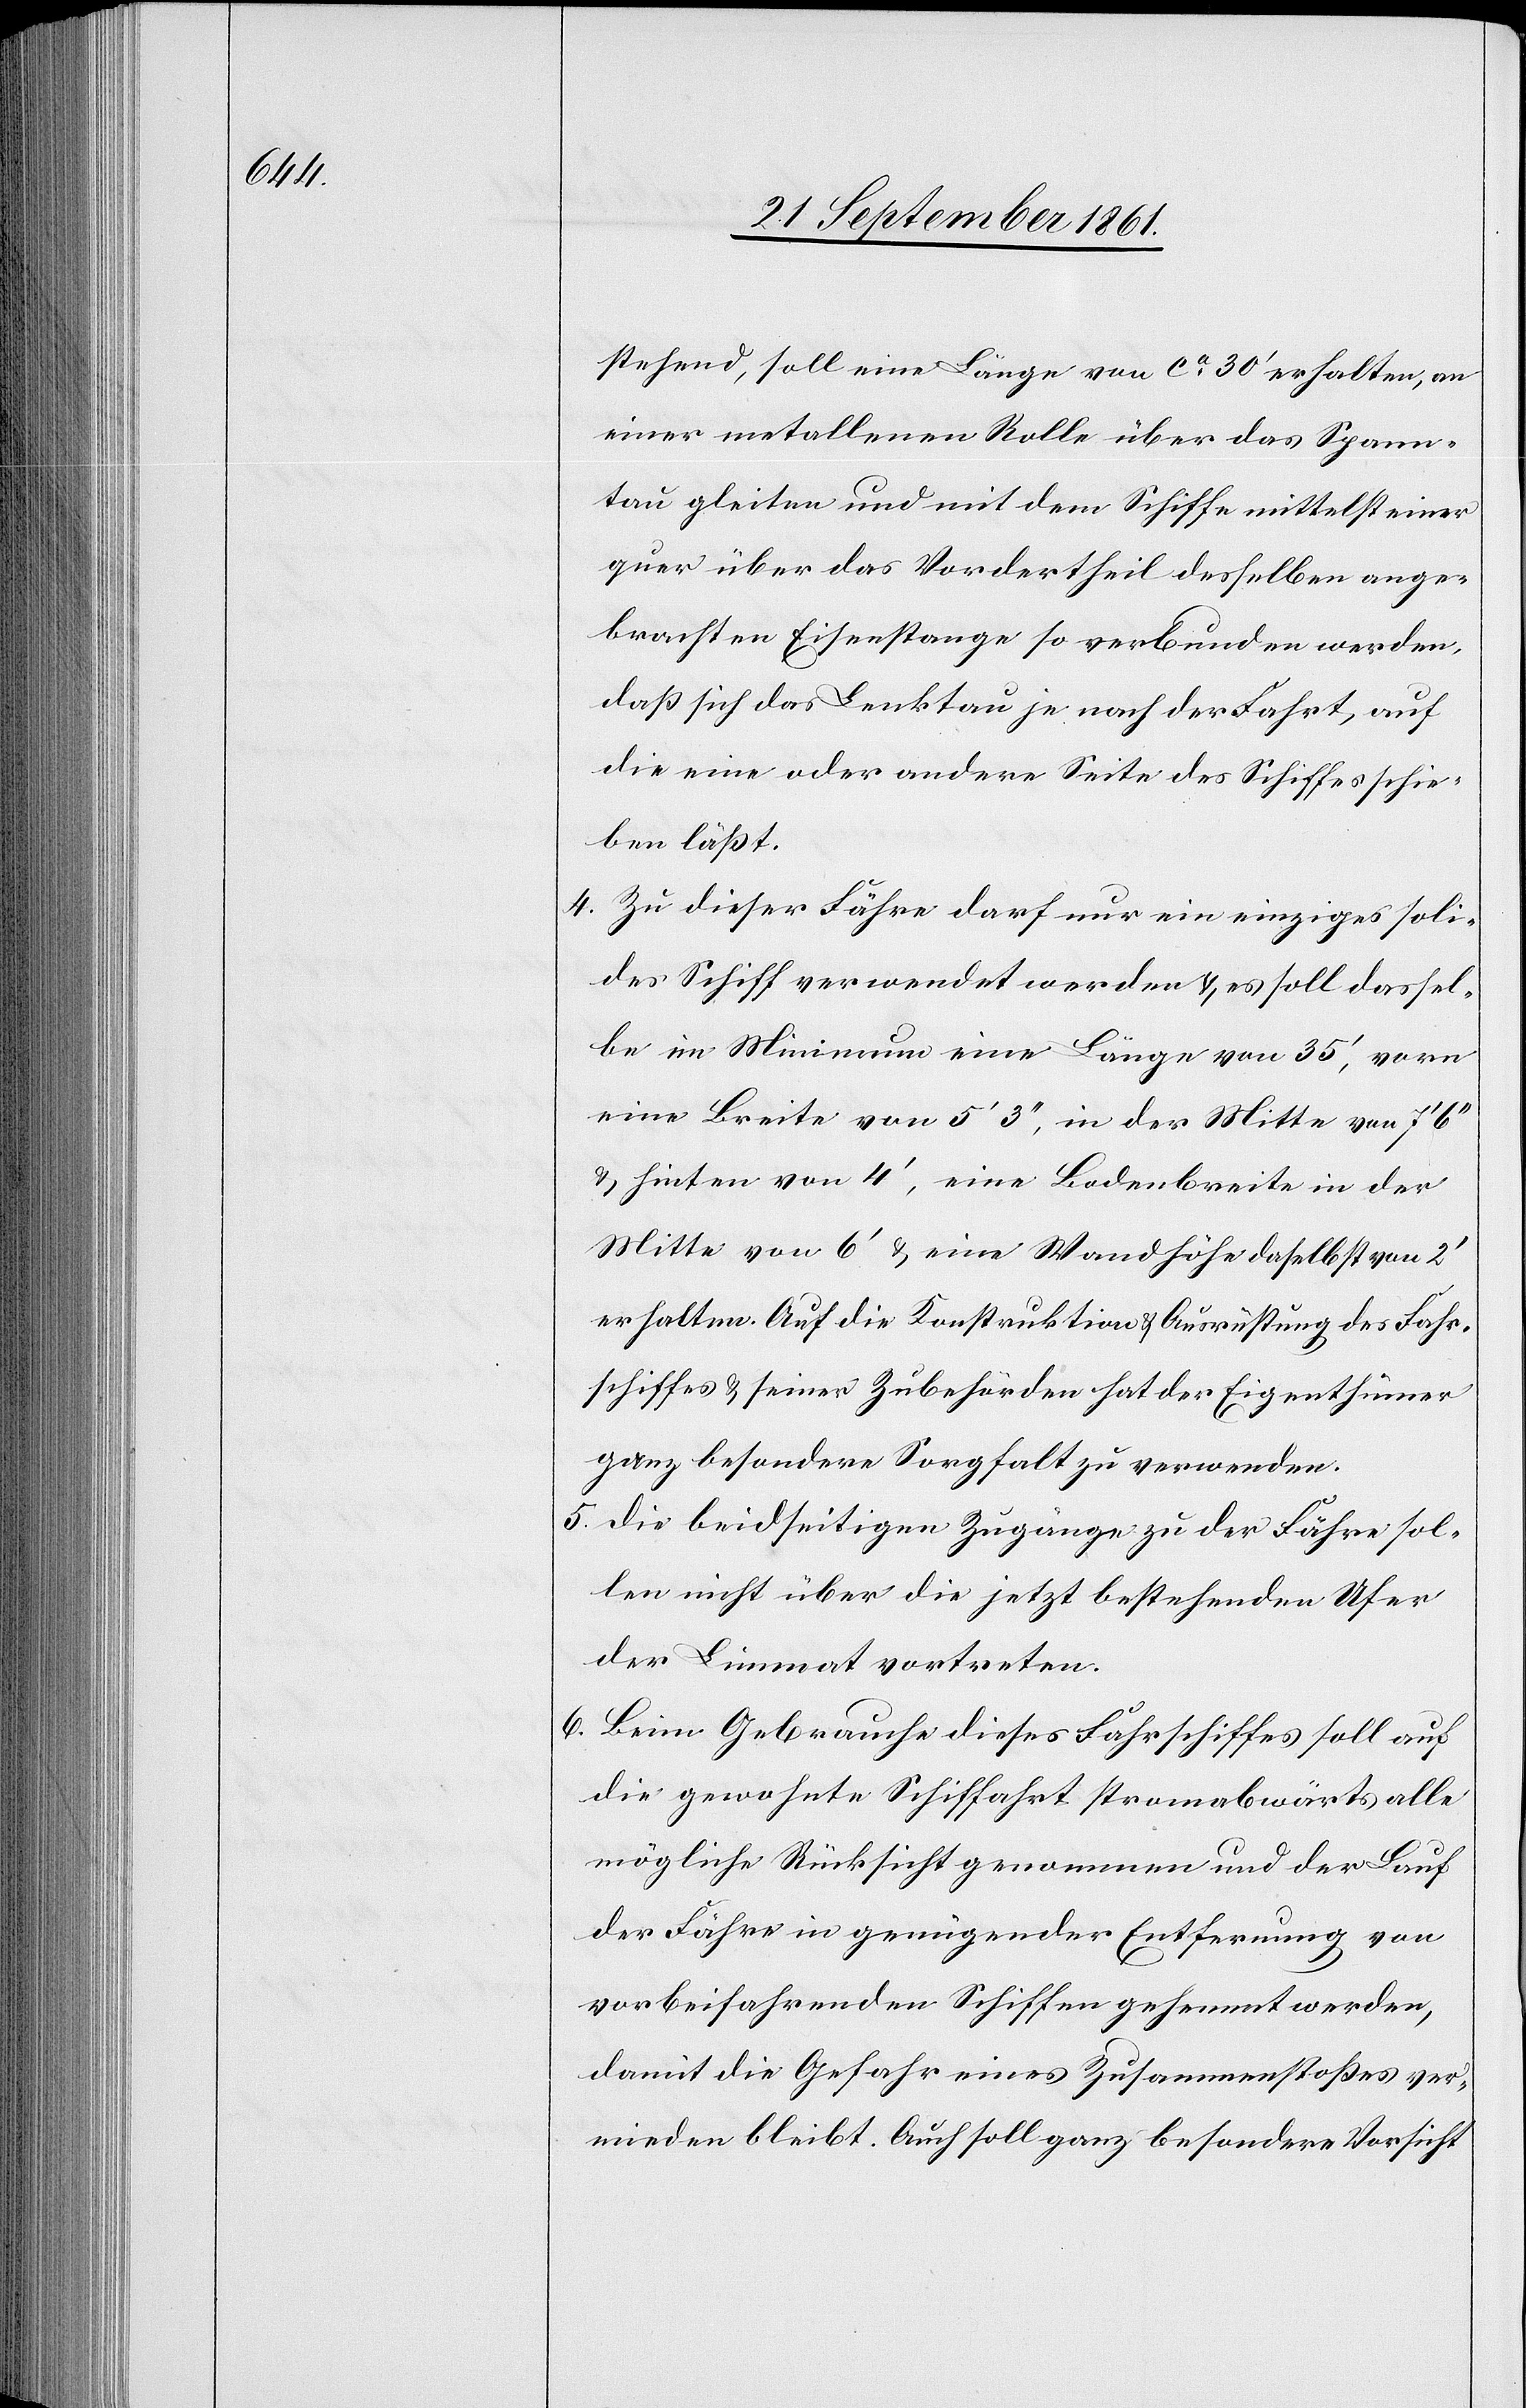
stehend, soll eine Länge von ca 30‘ erhalten, an
einer metallenen Rolle über das Spann¬
tau gleiten und mit dem Schiffe mittelst einer
quer über das Vordertheil desselben ange¬
brachten Eisenstange so verbunden werden,
daß sich das Lenktau je nach der Fahrt, auf
die eine oder andere Seite des Schiffes schie¬
ben läßt.
4. Zu dieser Fähre darf nur ein einziges soli¬
des Schiff verwendet werden u. es soll dassel¬
be im Minimum eine Länge von 35‘, vorn
eine Breite von 5‘ 3‘‘, in der Mitte von 7‘ 6‘‘
u. hinten von 4‘, eine Bodenbreite in der
Mitte von 6‘ u. eine Wandhöhe daselbst von 2‘
erhalten. Auf die Konstruktion u. Ausrüstung des Fahr¬
schiffes u. seiner Zubehörden hat der Eigenthümer
ganz besondere Sorgfalt zu verwenden.
5. die beidseitigen Zugänge zu der Fähre sol¬
len nicht über die jetzt bestehenden Ufer
der Limmat vortreten.
6. Beim Gebrauche dieses Fahrschiffes soll auf
die gewohnte Schiffahrt stromabwärts alle
mögliche Rücksicht genommen und der Lauf
der Fähre in genügender Entfernung von
vorbeifahrenden Schiffen gehemmt werden,
damit die Gefahr eines Zusammenstoßes ver¬
mieden bleibt. Auch soll ganz besondere Vorsicht